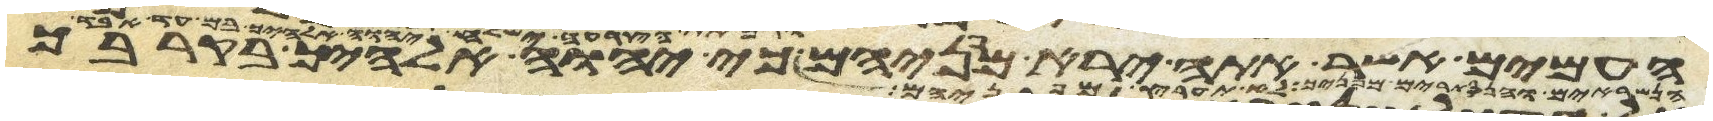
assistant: מפניך לא תערץ מפניהם כי יהוה אלהיך בקרבך